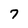
Character: 7